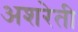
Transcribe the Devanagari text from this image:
अशरेती